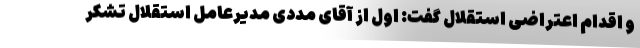
و اقدام اعتراضی استقلال گفت: اول از آقای مددی مدیرعامل استقلال تشکر